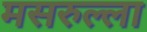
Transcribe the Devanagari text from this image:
मसरुल्ला